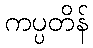
ကပ္ပတိန်